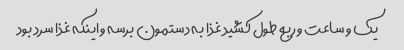
یک و ساعت و ربع طول کشید غذا به دستمون برسه و اینکه غذا سرد بود